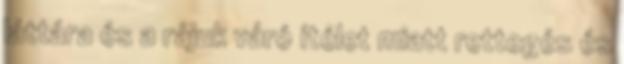
láttára és a rájuk váró ítélet miatt rettegés és